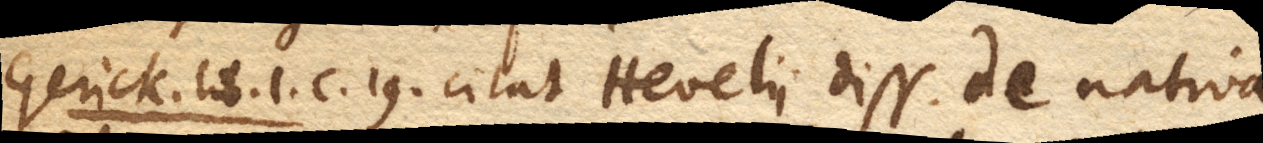
Gerick. lib. 1. c. 19. citat Hevelii diss. de nativa